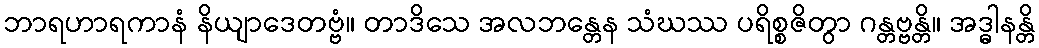
ဘာရဟာရကာနံ နိယျာဒေတဗ္ဗံ။ တာဒိသေ အလဘန္တေန သံဃဿ ပရိစ္စဇိတွာ ဂန္တဗ္ဗန္တိ။ အဒ္ဓါနန္တိ